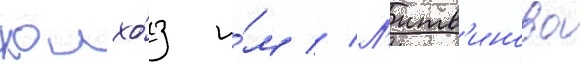
колхо́з и́м // Л'итв'инова